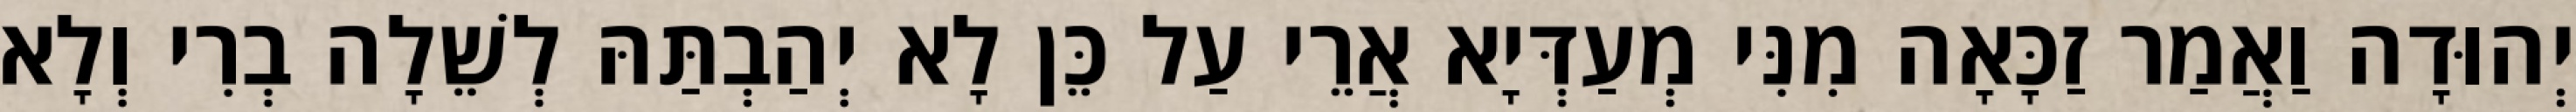
יְהוּדָה וַאֲמַר זַכָּאָה מִנִּי מְעַדְּיָא אֲרֵי עַל כֵּן לָא יְהַבְתַּהּ לְשֵׁלָה בְרִי וְלָא